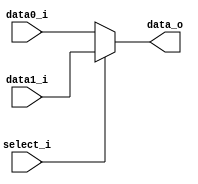
module MUX2to1(
    data0_i, 
    data1_i, 
    select_i, 
    data_o
);
input select_i;
input [31:0] data0_i, data1_i;
output reg [31:0] data_o;

always @(select_i or data0_i or data1_i) 
    begin
        if(~select_i)
            data_o <= data0_i;
        else
            data_o <= data1_i;

    end 
endmodule